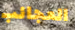
العجائب